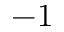
- 1